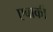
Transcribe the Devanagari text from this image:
एबाकी